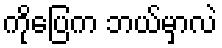
ကိုပြေက ဘယ်မှာလဲ